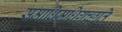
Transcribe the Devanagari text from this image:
समाधिमधिगच्छति